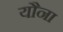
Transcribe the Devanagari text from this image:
यौना